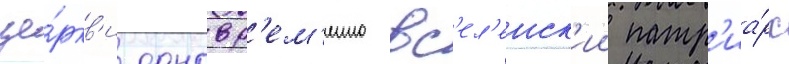
це́ркв'и одновр'ем'енно вс'ел'енск'ии патр'иа́рх